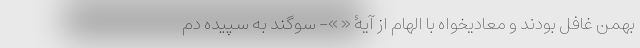
بهمن غافل بودند و معادیخواه با الهام از آیۀ « »- سوگند به سپیده دم